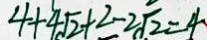
4 + 4 \sqrt { 2 } + 2 - 2 \sqrt { 2 } = 4